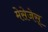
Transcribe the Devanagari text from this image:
मेसेजेस्